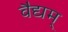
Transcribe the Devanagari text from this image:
वैद्यम्